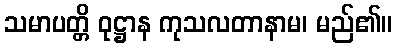
သမာပတ္တိ ဝုဋ္ဌာန ကုသလတာနာမ၊ မည်၏။